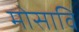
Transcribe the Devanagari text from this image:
मोसावि